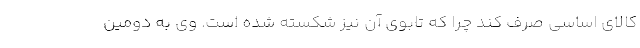
کالای اساسی صرف کند چرا که تابوی آن نیز شکسته شده است. وی به دومین